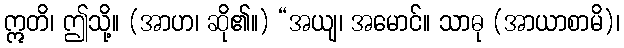
ဣတိ၊ ဤသို့။ (အာဟ၊ ဆို၏။) “အယျ၊ အမောင်။ သာဓု (အာယာစာမိ)၊